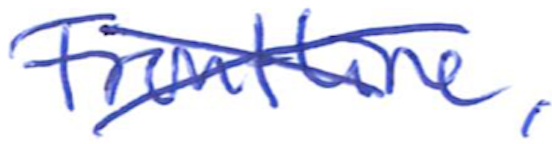
Text: Frontline,
Cross-out: cross
Writing tool: ballpoint